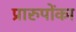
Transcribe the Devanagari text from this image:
प्रारुपोंका